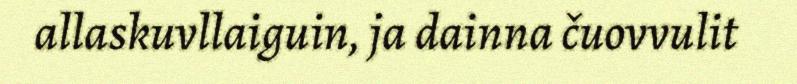
allaskuvllaiguin, ja dainna čuovvulit